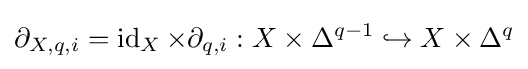
\partial _{X,q,i}=\operatorname {id} _{X}\times \partial _{q,i}:X\times \Delta ^{q-1}\hookrightarrow X\times \Delta ^{q}